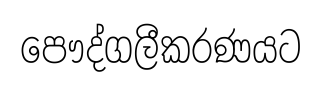
පෞද්ගලීකරණයට